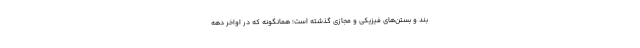
بند و بستن‌های فیزیکی و مجازی گذشته است؛ همانگونه که در اواخر دهه